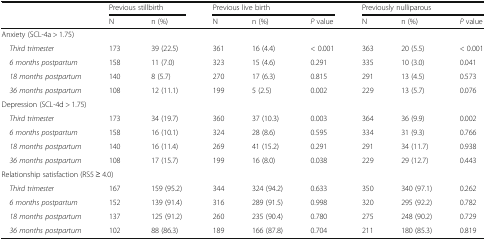
<table><thead><tr><td rowspan="2"></td><td colspan="2"><b>Previous stillbirth</b></td><td colspan="3"><b>Previous live birth</b></td><td colspan="3"><b>Previously nulliparous</b></td></tr><tr><td><b>N</b></td><td><b>n (%)</b></td><td><b>N</b></td><td><b>n (%)</b></td><td><b><i>P</i> value</b></td><td><b>N</b></td><td><b>n (%)</b></td><td><b><i>P</i> value</b></td></tr></thead><tbody><tr><td colspan="9">Anxiety (SCL-4a &gt; 1.75)</td></tr><tr><td> <i>Third trimester</i></td><td>173</td><td>39 (22.5)</td><td>361</td><td>16 (4.4)</td><td>&lt; 0.001</td><td>363</td><td>20 (5.5)</td><td>&lt; 0.001</td></tr><tr><td> <i>6 months postpartum</i></td><td>158</td><td>11 (7.0)</td><td>323</td><td>15 (4.6)</td><td>0.291</td><td>335</td><td>10 (3.0)</td><td>0.041</td></tr><tr><td> <i>18 months postpartum</i></td><td>140</td><td>8 (5.7)</td><td>270</td><td>17 (6.3)</td><td>0.815</td><td>291</td><td>13 (4.5)</td><td>0.573</td></tr><tr><td> <i>36 months postpartum</i></td><td>108</td><td>12 (11.1)</td><td>199</td><td>5 (2.5)</td><td>0.002</td><td>229</td><td>13 (5.7)</td><td>0.076</td></tr><tr><td colspan="9">Depression (SCL-4d &gt; 1.75)</td></tr><tr><td> <i>Third trimester</i></td><td>173</td><td>34 (19.7)</td><td>360</td><td>37 (10.3)</td><td>0.003</td><td>364</td><td>36 (9.9)</td><td>0.002</td></tr><tr><td> <i>6 months postpartum</i></td><td>158</td><td>16 (10.1)</td><td>324</td><td>28 (8.6)</td><td>0.595</td><td>334</td><td>31 (9.3)</td><td>0.766</td></tr><tr><td> <i>18 months postpartum</i></td><td>140</td><td>16 (11.4)</td><td>269</td><td>41 (15.2)</td><td>0.291</td><td>291</td><td>34 (11.7)</td><td>0.938</td></tr><tr><td> <i>36 months postpartum</i></td><td>108</td><td>17 (15.7)</td><td>199</td><td>16 (8.0)</td><td>0.038</td><td>229</td><td>29 (12.7)</td><td>0.443</td></tr><tr><td colspan="9">Relationship satisfaction (RS5 ≥ 4.0)</td></tr><tr><td> <i>Third trimester</i></td><td>167</td><td>159 (95.2)</td><td>344</td><td>324 (94.2)</td><td>0.633</td><td>350</td><td>340 (97.1)</td><td>0.262</td></tr><tr><td> <i>6 months postpartum</i></td><td>152</td><td>139 (91.4)</td><td>316</td><td>289 (91.5)</td><td>0.998</td><td>320</td><td>295 (92.2)</td><td>0.782</td></tr><tr><td> <i>18 months postpartum</i></td><td>137</td><td>125 (91.2)</td><td>260</td><td>235 (90.4)</td><td>0.780</td><td>275</td><td>248 (90.2)</td><td>0.729</td></tr><tr><td> <i>36 months postpartum</i></td><td>102</td><td>88 (86.3)</td><td>189</td><td>166 (87.8)</td><td>0.704</td><td>211</td><td>180 (85.3)</td><td>0.819</td></tr></tbody></table>